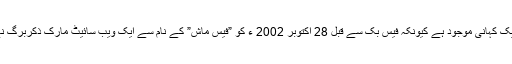
عوام کی اکثریت اسی تفصیلات سے واقف ہے لیکن فیس بک کے منظر عام پر آنے سے قبل اس کے درپردہ بھی ایک کہانی موجود ہے کیونکہ فیس بک سے قبل 28 اکتوبر 2002 ء کو ”فیس ماش” کے نام سے ایک ویب سائیٹ مارک ذکربرگ نے اپنی جماعت کے تین ساتھیوں اینڈریو میک کالم ، کرس ہاگس اور ڈسٹن موسکو وٹس کے ساتھ شروع کی تھی ۔